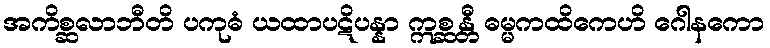
အကိစ္ဆလာဘီတိ ပကုဓံ ယထာပဋိပန္နာ ဣစ္ဆန္တီ ဓမ္မကထိကေဟိ ဂေါနကော